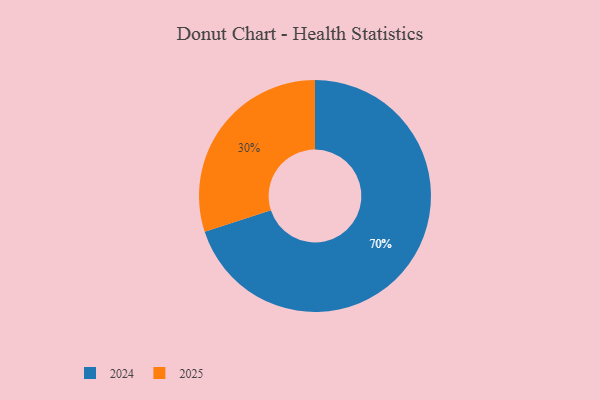
{"axis": {"x": "Category", "y": "Percentage"}, "legend": ["2024", "2025"], "data": [{"x": "2024", "y": 70, "type": "2024"}, {"x": "2025", "y": 30, "type": "2025"}]}